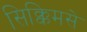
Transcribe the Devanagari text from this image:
सिक्किमसे